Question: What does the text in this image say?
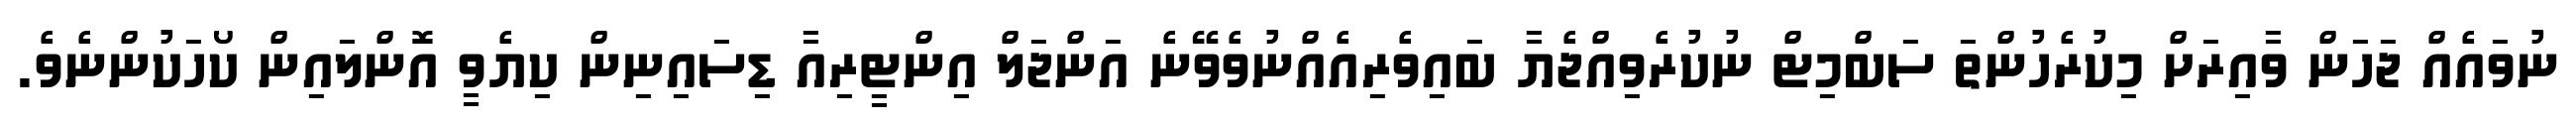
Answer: ނުވައެއް ޖަހަން ވާއިރަށް މިކުރެހުންތަ ސަބްމިޓް ނުކުރެވިއްޖެޔާ ބައިވެރިއެއްނުވެވޭނެ އަންޖަލް އިންޓީރިއާ ޑިސައިނިން ކިޔެވީ އޮންލައިން ކޯހަކުންނެވެ.